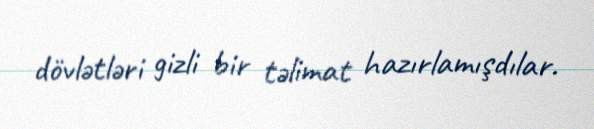
dövlətləri gizli bir təlimat hazırlamışdılar.